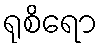
ရုစိရော